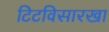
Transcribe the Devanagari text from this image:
टिटविसारखा